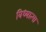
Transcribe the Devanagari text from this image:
विध्यात्मा